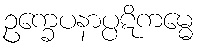
ဥက္ခေပနာပ္ပဋိကမ္မေ